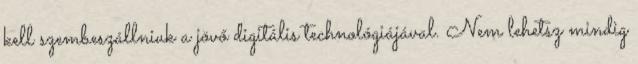
kell szembeszállniuk a jövő digitális technológiájával. Nem lehetsz mindig